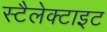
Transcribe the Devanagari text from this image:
स्टैलेक्टाइट